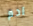
ادم